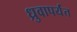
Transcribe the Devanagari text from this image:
ध्रुवापर्यंत